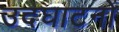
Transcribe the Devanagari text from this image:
उदघाटनों